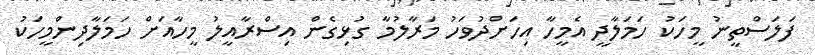
ފަލަސްތީނު މީހަކު ހަމަލާދީ އެމީހާ އިހަށްދުވަހު މަރާލުމާ ގުޅިގެން އިސްރާއީލު މީހާއަށް ހަމަލާދިންމީހަކު